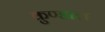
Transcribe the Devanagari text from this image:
कुण्डाल